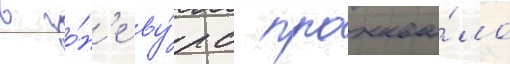
в зо́н'е ву́рс прожива́ло